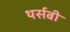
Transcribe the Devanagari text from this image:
थर्सबी